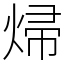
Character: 㷌